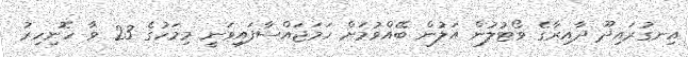
އިނގުރައިދޫ ދާއިރާގެ ވޯޓުލުން އަލުން ބޭއްވުމަށް ހަމަޖައްސާފައިވަނީ މިމަހުގެ 23 ވާ ހޮނިހިރު